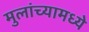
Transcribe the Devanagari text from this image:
मुलांच्यामध्ये